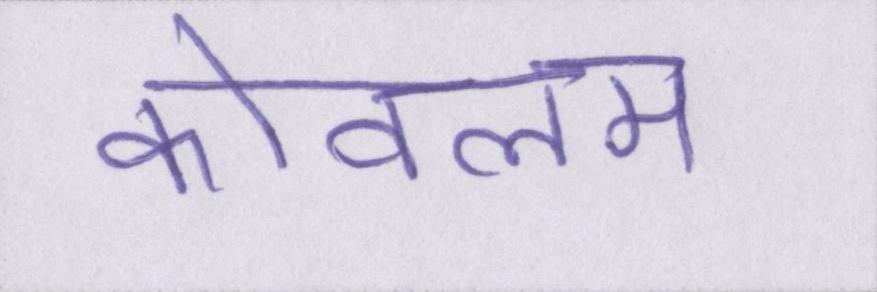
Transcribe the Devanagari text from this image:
कोवलम